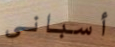
أسباني